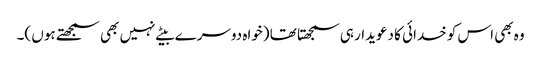
وہ بھی اس کو خدائی کا دعویدار ہی سمجھتا تھا (خواہ دوسرے بیٹے نہیں بھی سمجھتے ہوں )۔